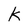
Character: k